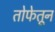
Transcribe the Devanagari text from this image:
तोफेतून